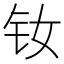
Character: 钕